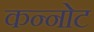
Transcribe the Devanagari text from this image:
कन्नोट